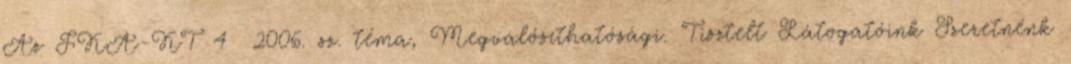
Az FKA-KT 4 2006. sz. téma, Megvalósíthatósági. Tisztelt Látogatóink Szeretnénk